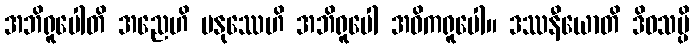
အဘိရူပေါတိ အညေဟိ မနုဿေဟိ အဘိရူပေါ အဓိကရူပေါ။ ဒဿနီယောတိ ဒိဝသမ္ပိ